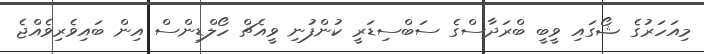
މިއަހަރުގެ ޝޯގައި ވީބީ ބްރަދާސްގެ ސަބްސިޑަރީ ކުންފުނި ވީއެޗް ހޯލްޑިންސް އިން ބައިވެރިވެއްޖެ